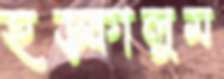
হড়্‌কালুম